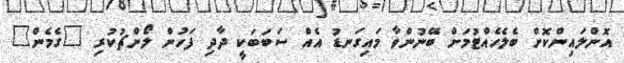
އޮންލައިންކޮށް ބެލެހެއްޓުމަށް ބޭނުންވާ މައިގަނޑު އެއް ސަބަބަކީ ދާދި ފަހުން ލޯންޗުކުރި "ގެމެން"